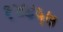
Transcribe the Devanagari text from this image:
१४८५७